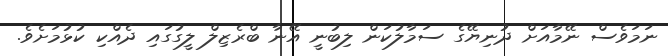
ނަމަވެސް ނޭމާއަށް ދުނިޔޭގެ ސަމާލުކަން ލިބުނީ އޭނާ ބްރެޒިލް ލީގުގައި ދެއްކި ކުޅުމަށެވެ.